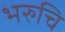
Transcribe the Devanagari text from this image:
भरुचि